Medical and sanitary report on the native army of Bombay for the year
Year: 1877
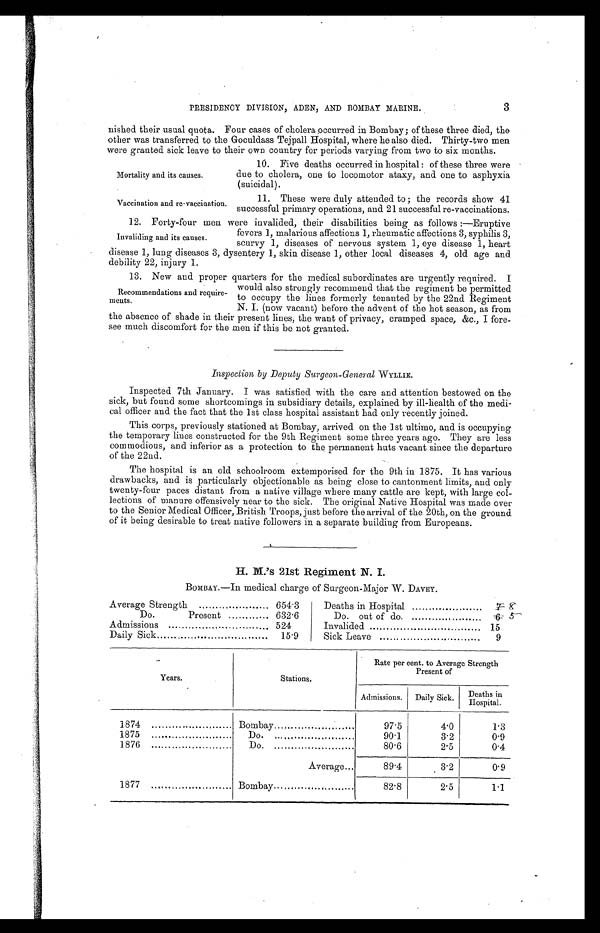
Mortality and its causes.
Vaccination and re-vaccination.
PRESIDENCY DIVISION, ADEN, AND BOMBAY MARINE.
3
Four cases of cholera occurred in Bombay; of these three died, the
other was transferred to the Goculdass Tejpall Hospital, where he also died. Thirty-two men
were granted sick leave to their own country for periods varying from two to six months.
nished their usual quota.
10. Five deaths occurred in hospital : of these three were
due to cholera, one to locomotor ataxy, and one to asphyxia
(suicidal).
11. These were duly attended to ; the records show 41
successful primary operations, and 21 successful re-vaccinations.
1 2 . F o r t y - f o u r m e n w e r e i n v a l i d e d , t h e i r d i s a b i l i t i e s b e i n g a s f o l l o w s : — E r u p t i v e
fevers 1, malarious affections 1, rheumatic affections 3, syphilis 3,
scurvy 1, diseases of nervous system 1, eye disease 1, heart
disease 1, lung diseases 3, dysentery 1, skin disease 1, other local diseases 4, old age and
debility 22. injury 1.
1 3 . N e w a n d p r o p e r q u a r t e r s f o r t h e m e d i c a l s u b o r d i n a t e s a r e u r g e n t l y r e q u i r e d . I
would also strongly recommend that the regiment be permitted
to occupy the lines formerly tenanted by the 22nd Regiment
N. I. (now vacant) before the advent of the hot season, as from
the absence of shade in their present lines, the want of privacy, cramped space, &c., I fore-
see much discomfort for the men if this be not granted.
Inspection by Deputy Surgeon-General WYLLIE.
Inspected 7th January. I was satisfied with the care and attention bestowed on the
sick, but found some shortcomings in subsidiary details, explained by ill-health of the medi-
cal officer and the fact that the 1st class hospital assistant had only recently joined.
This corps, previously stationed at Bombay, arrived on the lst ultimo, and is occupying
the temporary lines constructed for the 9th Regiment some three years ago. They are less
commodious, and inferior as a protection to the permanent huts vacant since the departure
of the 22nd.
The hospital is an old schoolroom extemporised for the 9th in 1875. It has various
drawbacks, and is particularly objectionable as being close to cantonment limits, and only
twenty-four paces distant from a native village where many cattle are kept, with large col-
lections of manure offensively near to the sick. The original Native Hospital was made over
to the Senior Medical Officer, British Troops, just before the arrival of the 20th, on the ground
of it being desirable to treat native followers in a separate building from Europeans.
H. M.'s 21st Regiment N. I.
BOMBAY.—In medical charge of Surgeon-Major W. DAVEY.
Average Strength. ..................... 654.3
Deaths in Hospital. ..................... 7 8
Do.
Present ............ 632.6
Do out of do. . ..................... 6 5
Admissions. .......................... 524
Invalided . .............................. 15
Daily Sick. .............................. 15.9
Sick Leave. ...........................
9
Years.
Stations.
Rate per cent. to Average Strength
Present of
Admissions. Daily Sick. Deaths in
H o s p i t a l .
1874
. . . . . . . . . . . . . . . . . . . . . . Bombay
. .....................
97.5
4.0
1 . 3
1875 . ..................... Do.. .....................
90.1
3.2
0.9
1876 . ..................... Do. . .....................
80.6
2.5
0.4
Average . . .
89.4
3.2
0.9
1877 . ..................... Bombay. .....................
82.8
2.5
1.1
Invaliding and its causes.
Recommendations and require-
ments.